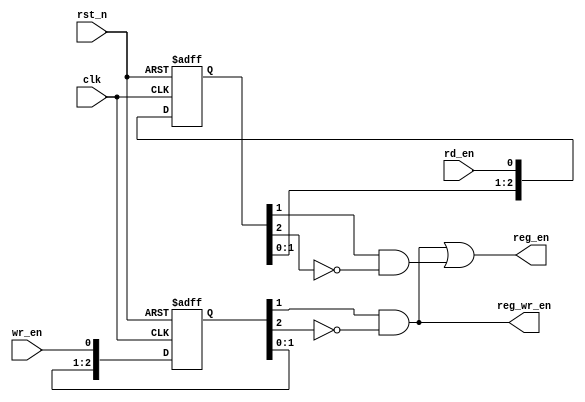
module dmi_jtag_to_core_sync (
input       rd_en,      
input       wr_en,      
input       rst_n,      
input       clk,        
output      reg_en,     
output      reg_wr_en   
);
wire        c_rd_en;
wire        c_wr_en;
reg [2:0]   rden, wren;
assign reg_en    = c_wr_en | c_rd_en;
assign reg_wr_en = c_wr_en;
always @ ( posedge clk or negedge rst_n) begin
    if(!rst_n) begin
        rden <= '0;
        wren <= '0;
    end
    else begin
        rden <= {rden[1:0], rd_en};
        wren <= {wren[1:0], wr_en};
    end
end
assign c_rd_en = rden[1] & ~rden[2];
assign c_wr_en = wren[1] & ~wren[2];
endmodule